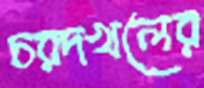
চরদখলের